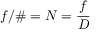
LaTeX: f / \# = N = { \frac { f } { D } }